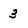
Character: 3